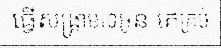
ធ្វើសង្គ្រាមទេអូន គេគ្រប់